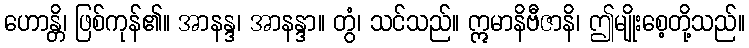
ဟောန္တိ၊ ဖြစ်ကုန်၏။ အာနန္ဒ၊ အာနန္ဒာ။ တွံ၊ သင်သည်။ ဣမာနိဗီဇာနိ၊ ဤမျိုးစေ့တို့သည်။